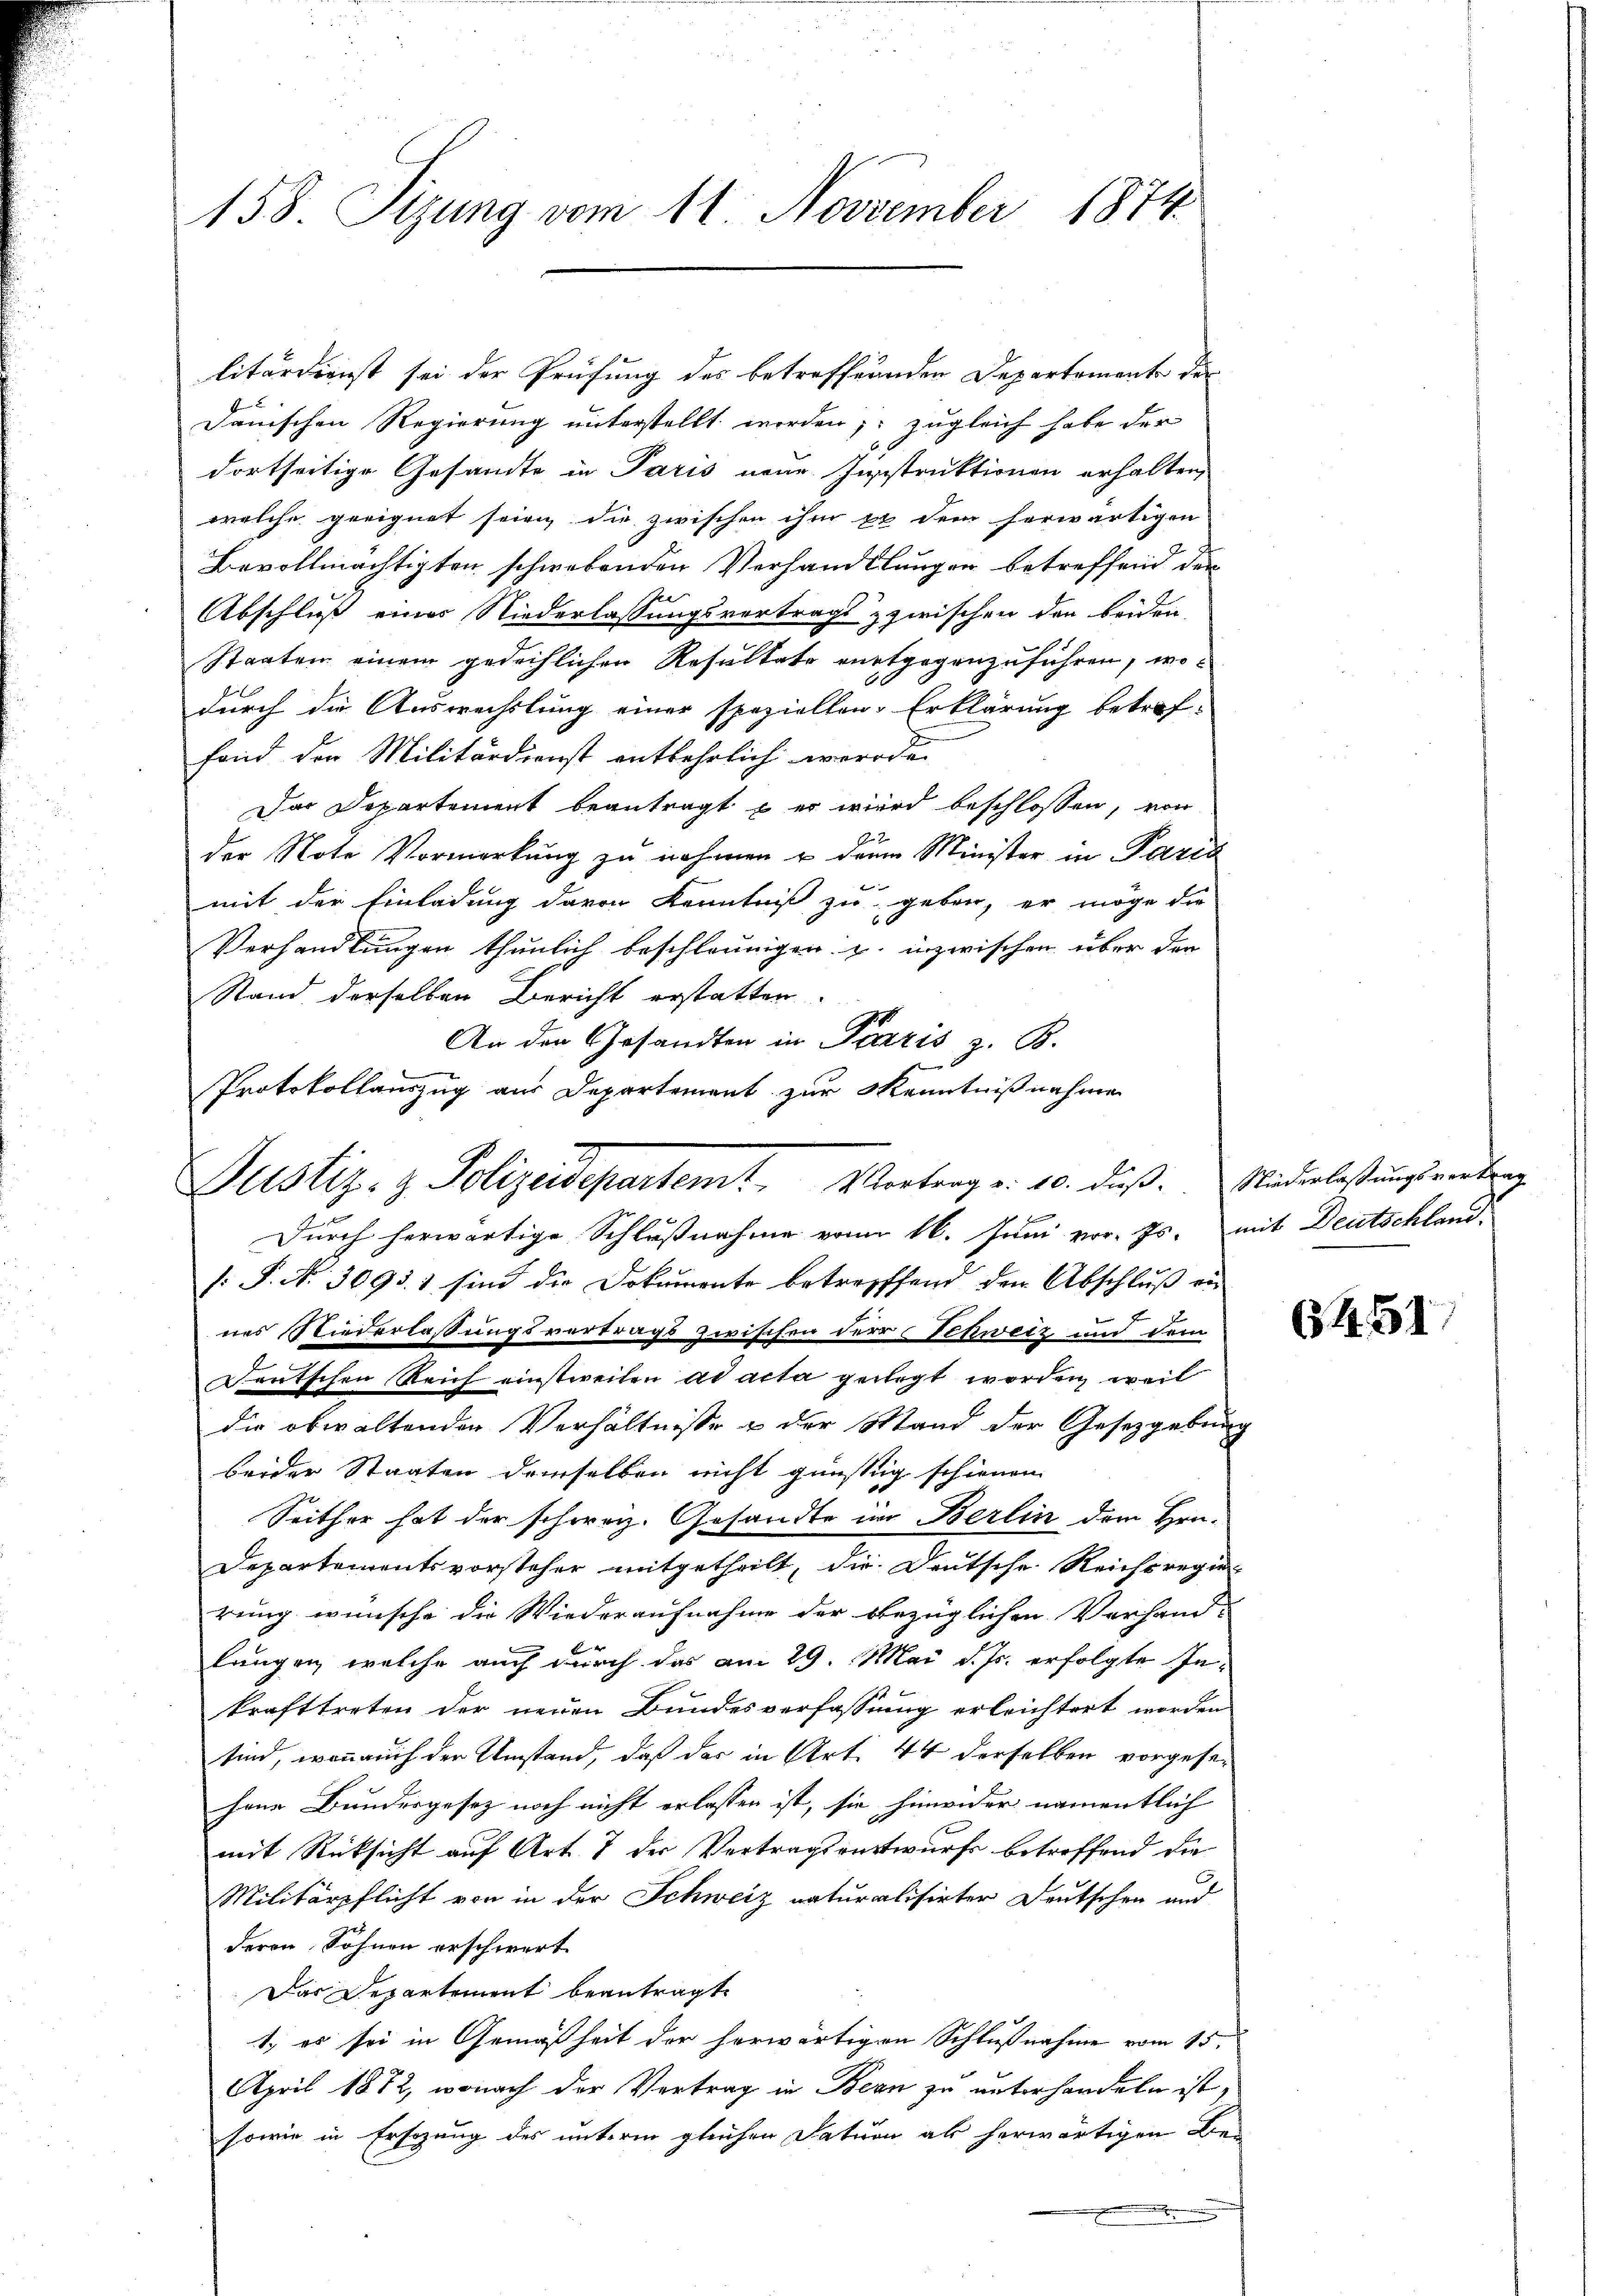
158. Sitzung vom 11. November 1874.

litärdienst sei der Prüfung des betreffenden Departemente des
danischen Regierung unterstellt worden; zugleich habe der
dortseitige Gesandte in Paris neue Instruktionen erhalten,
welche geeignet seien die zwischen ihm et dem herwärtigen
Bevollmächtigten schwebenden Verhandlungen betreffend den
Abschluß einer Niederlassungsvertrags zzwischen den beiden,
Staaten einem gedeihlichen Resultate vortgegenzuführen, wodurch die Auswechslung einer speziellen Erklärung betref-
fand der Militärdienst entbehrlich werde
Das Departement beantragt & er wird beschlossen, von
der Note Vormerkung zu nehmen u dann Minister in Paris
mit der Einladung davon Kenntniß zu geben, er möge die
Verhandlungen thunlich beschleunigen. u. inzwischen über den
Stand derselben Bericht erstatten.
An der Gesandten in Parzis z. B.
Protokollauszug aus Departement zur Kenntnißnahme
Durch herwärtige Schlußnahme von 16. Juni vor. Js. mit Deutschland-
/: P. No. 3093. 1 sind die Dokumente betreffend den Abschluß ein
nes Niederlaßungsvertrags zwischen der Schweiz und dem
Feutschen Reich einstweilen ad acta gelegt worden, weil
die obwaltenden Verhältniße & der Mand der Gesetzgebung
beider Staaten demselben nicht günstig schienen
Seither hat der schweiz. Gesandte im Berlin dem Hrn.
Departementsvorsteher mitgetheilt, die Deutsche Reichsregie-
rung wünsche die Wiederaufnahme der bezüglichen Verhand-
langen, welche auch durch das am 29. Mai d. Js. erfolgte Inkrafttreten der neuen Bundesverfassung erleichtert worden
sind, wenn auch der Umstand, daß der in Art. 44 derselben vorgesehene Bundesgesez noch nicht erlassen ist, sie hinwider namentlich
mit Rücksicht auf Art. 7 der Vertragsentwurfs betreffend die
Militärpflicht von in der Schweiz naturalisirter Deutschen und
deren Söhnen erschwert
Das Departement beantragt.
1., es sei in Gemäßheit der herwärtigen Schlußnahme vom 15.
April 1872, wonach der Vertrag in Bern zu unterhandeln ist,
sowie in Ersezung des unterm gleichen Dation als herwärtigen Be-
x

Justiz- & Polizeidepartemt Vortrag v. 10. dieß. Widerlastung wendung

6451